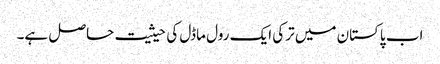
اب پاکستان میں ترکی ایک رول ماڈل کی حیثیت حاصل ہے۔